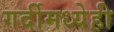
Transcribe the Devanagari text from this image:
गर्दीमध्येही